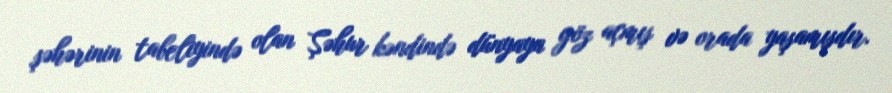
şəhərinin tabeliyində olan Şəhur kəndində dünyaya göz açmış və orada yaşamışdır.